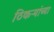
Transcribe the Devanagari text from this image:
ठिकऱ्यांच्या